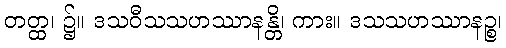
တတ္ထ၊ ၌။ ဒသဝီသသဟဿာနန္တိ၊ ကား။ ဒသသဟဿာနဉ္စ၊